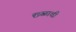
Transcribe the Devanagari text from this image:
छळाची